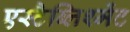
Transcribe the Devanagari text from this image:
एस्टैब्लिश्मेंट